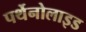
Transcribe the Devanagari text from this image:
पर्थेनोलाइड